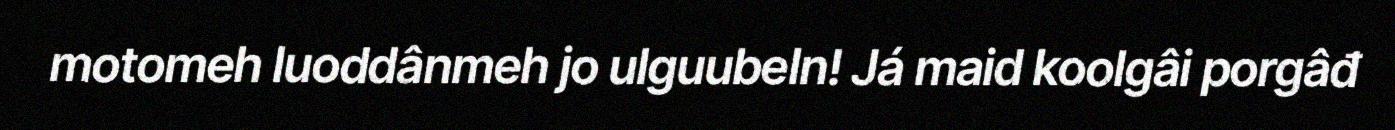
motomeh luoddânmeh jo ulguubeln! Já maid koolgâi porgâđ